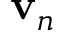
\mathbf { v } _ { n }